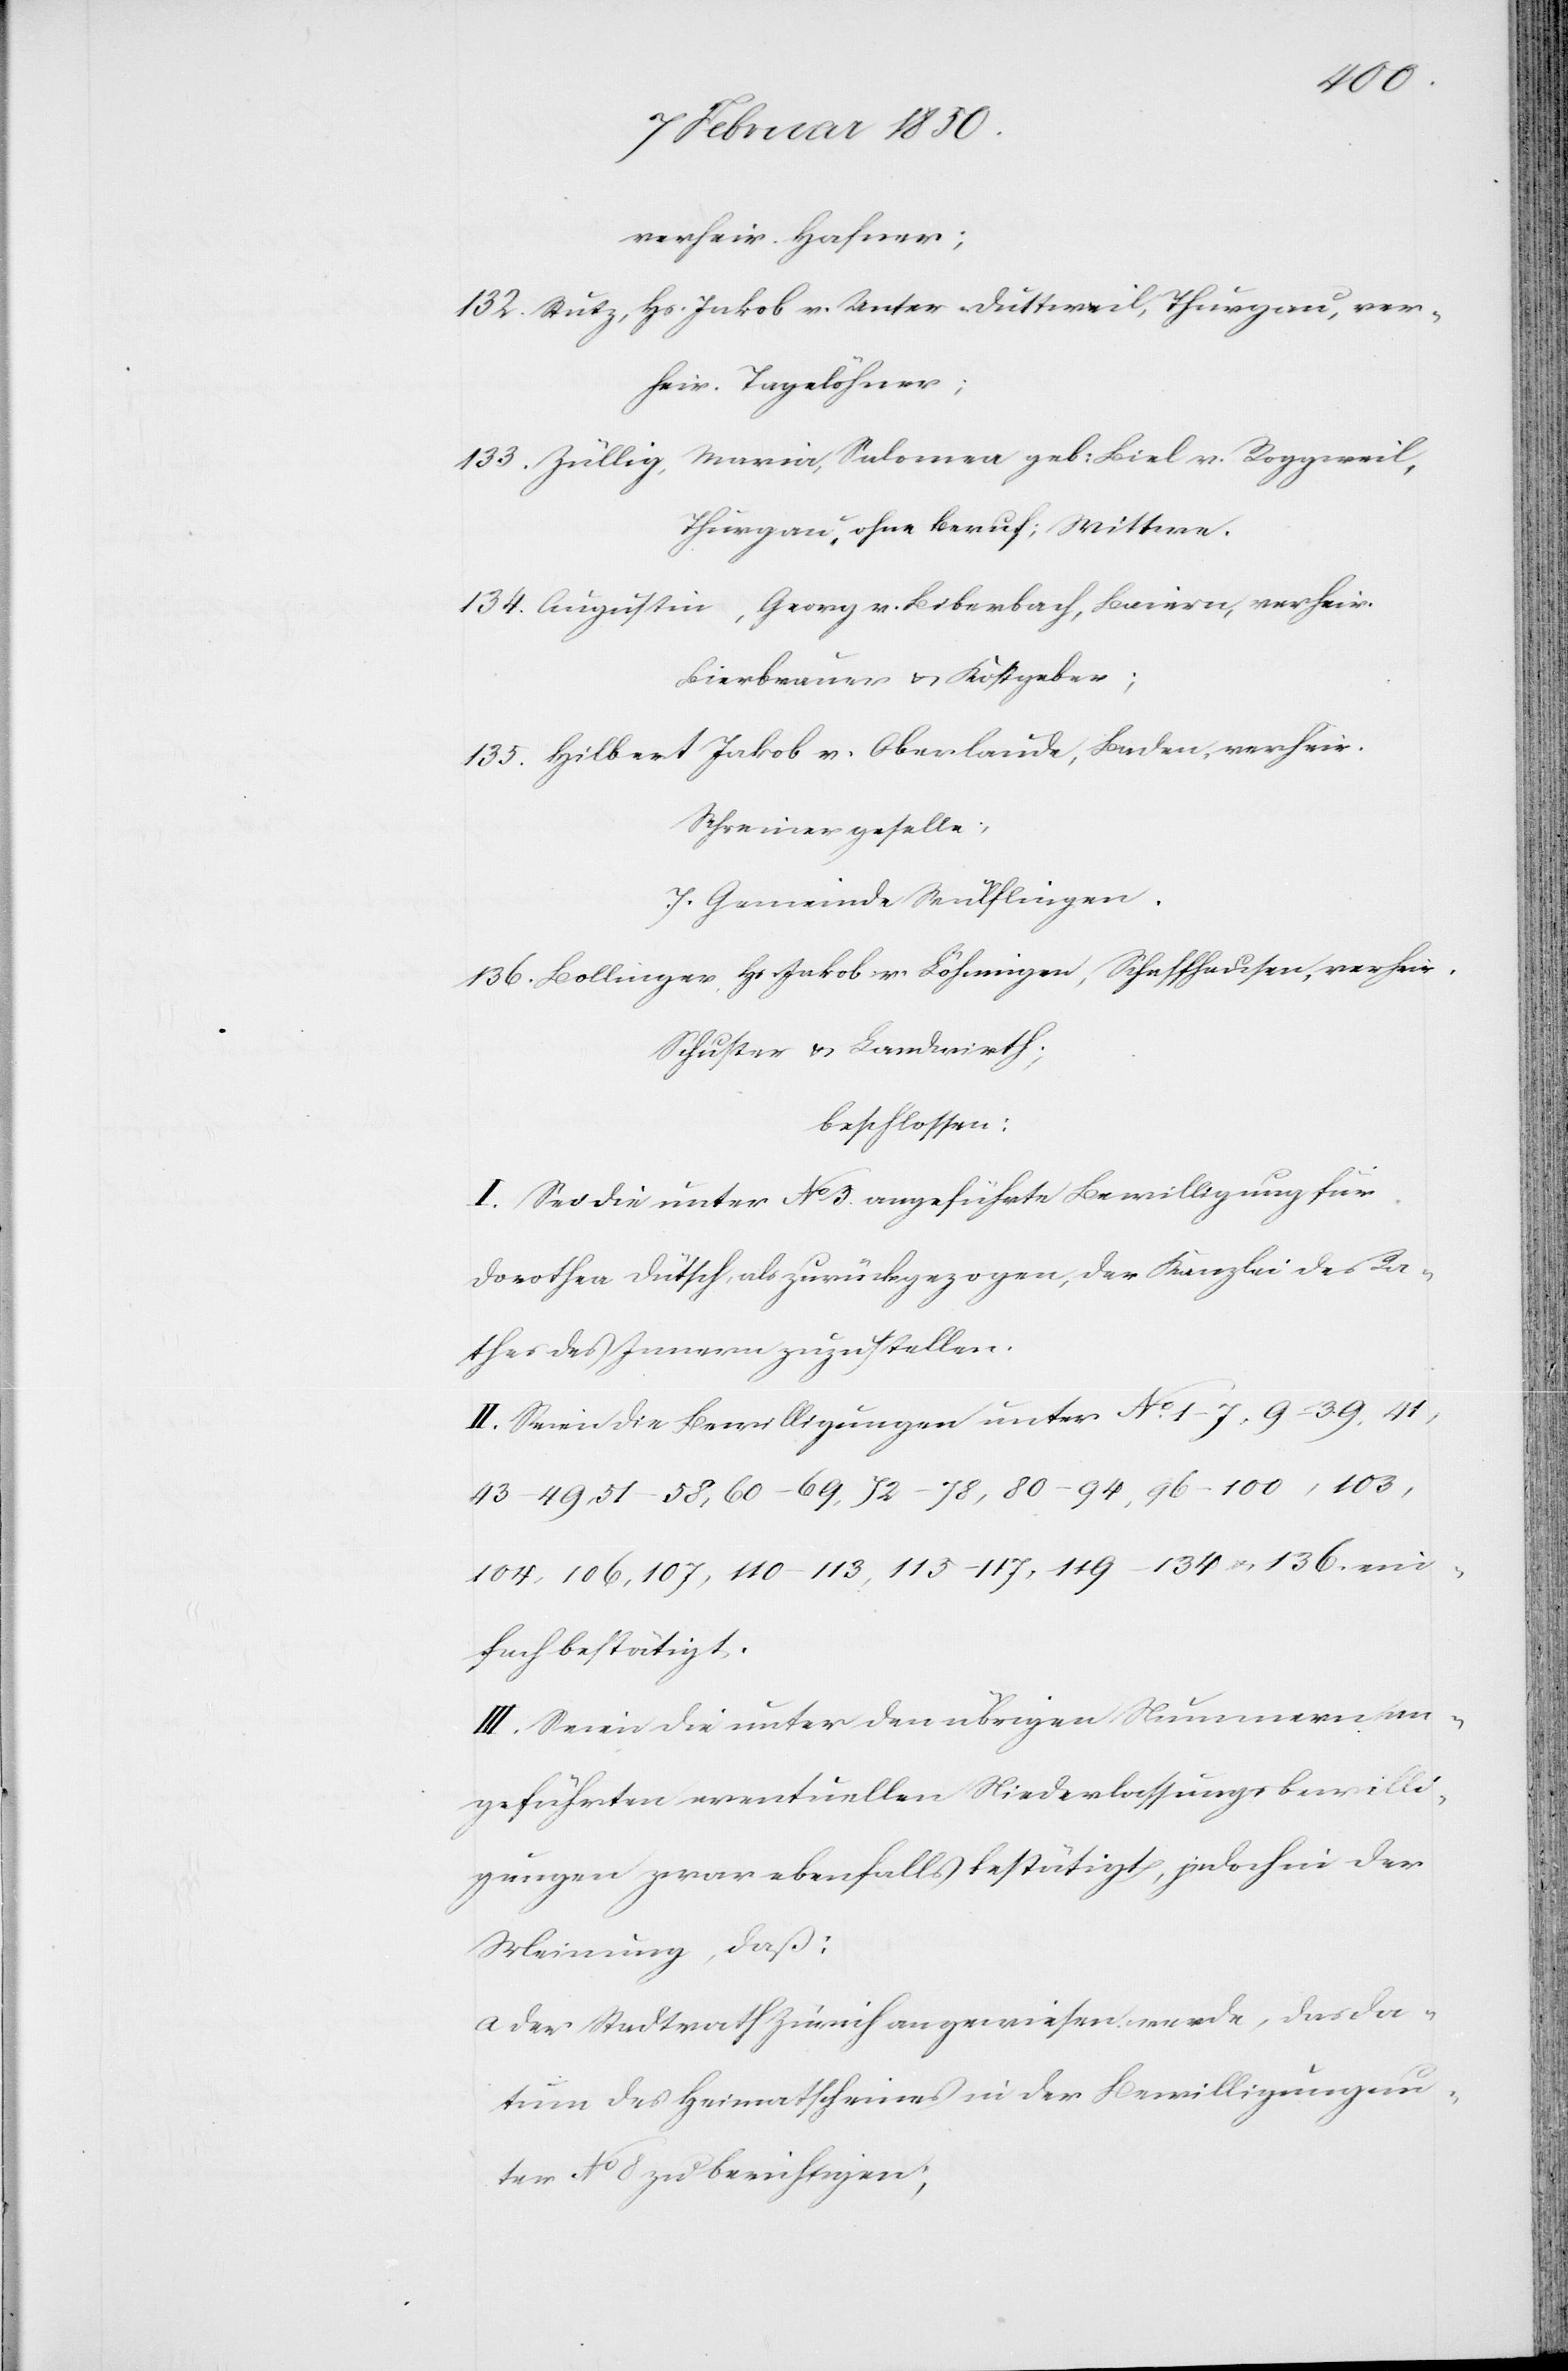
verheir. Hafner;
132. Stutz, Hs. Jakob v. Unter-Düttweil, Thurgau, ver¬
heir. Tagelöhner;
133. Züllig, Maria, Salomea geb: Biel v. Roggweil,
Thurgau, ohne Beruf; Wittwe.
134. Augustin, Georg v. Biberbach, Baiern, verheir.
Bierbrauer u. Kostgeber;
135. Hilbert Jakob v. Oberlaude, Baden, verheir.
Schreinergeselle;
7. Gemeinde Wülflingen.
136. Bollinger, Hs. Jakob v. Löhningen, Schaffhausen, verheir,
Schuster u. Landwirth;
beschlossen:
I. Sei die unter No 3 angeführte Bewilligung für
Dorothea Dütsch, als zurückgezogen, der Kanzlei des Ra¬
thes des Innern zuzustellen.
II. Seien die Bewilligungen unter No 1–7, 9–39, 41,
43–49, 51–58, 60–69, 72–78, 80–94, 96–100, 103,
104, 106, 107, 110–113, 115–117, 119–134 u. 136. ein¬
fach bestätigt.
III. Seien die unter den übrigen Nummern an¬
geführten eventuellen Niederlassungsbewilli¬
gungen zwar ebenfalls bestätigt, jedoch in der
Meinung, daß:
a. Der Stadtrath Zürich angewiesen werde, das Da¬
tum des Heimatscheines in der Bewilligung un¬
ter No 8 zu berichtigen;